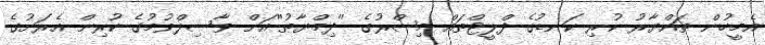
އެމީހުން ތައްޔާރު ކުރި ކަނޑުގެ ފްލީޓްތައް މިޞްރުގެ ''ދިމްޔާޠު''އަށް ވާސިލްވުމުގެ ކުރިން އެރަށުގެ